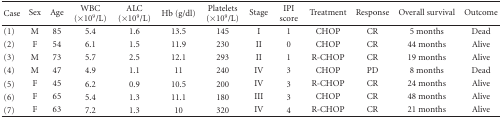
| Case | Sex | Age | WBC (×109/L) | ALC (×109/L) | Hb (g/dl) | Platelets (×109/L) | Stage | IPI score | Treatment | Response | Overall survival | Outcome |
 | --- | --- | --- | --- | --- | --- | --- | --- | --- | --- | --- | --- | --- |
 | (1) | M | 85 | 5.4 | 1.6 | 13.5 | 145 | I | 1 | CHOP | CR | 5 months | Dead |
 | (2) | F | 54 | 6.1 | 1.5 | 11.9 | 230 | II | 0 | CHOP | CR | 44 months | Alive |
 | (3) | M | 73 | 5.7 | 2.5 | 12.1 | 293 | II | 1 | R-CHOP | CR | 19 months | Alive |
 | (4) | M | 47 | 4.9 | 1.1 | 11 | 240 | IV | 3 | CHOP | PD | 8 months | Dead |
 | (5) | F | 45 | 6.2 | 0.9 | 10.5 | 200 | IV | 3 | R-CHOP | CR | 24 months | Alive |
 | (6) | F | 65 | 5.4 | 1.3 | 11.1 | 180 | III | 3 | CHOP | CR | 48 months | Alive |
 | (7) | F | 63 | 7.2 | 1.3 | 10 | 320 | IV | 4 | R-CHOP | CR | 21 months | Alive |